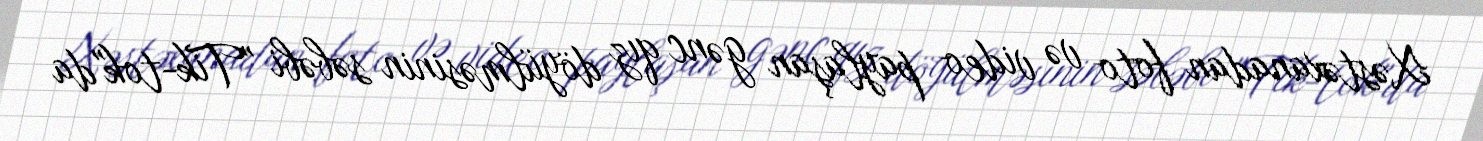
Xəstəxanadan foto və video paylaşan gənc qız döyülməsinin səbəbi "Tik-tok"da